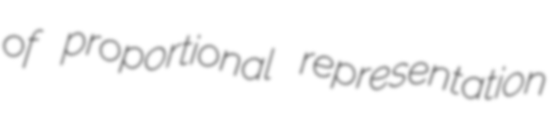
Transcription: of proportional representation